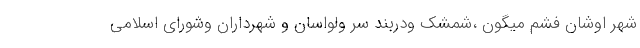
شهر اوشان فشم میگون ،شمشک ودربند سر ولواسان و شهرداران وشورای اسلامی